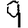
Digit: 9